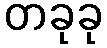
တခုခု